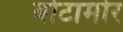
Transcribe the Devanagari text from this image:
बोटामोर